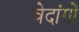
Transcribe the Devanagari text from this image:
वेदांगाें